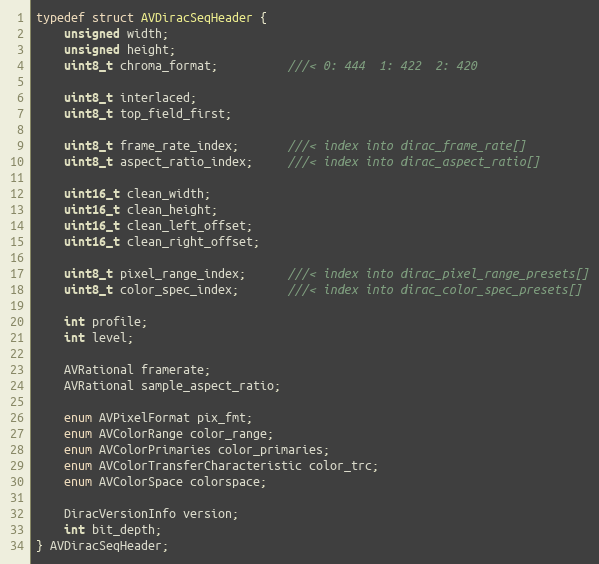
Language: C
typedef struct AVDiracSeqHeader {
    unsigned width;
    unsigned height;
    uint8_t chroma_format;          ///< 0: 444  1: 422  2: 420

    uint8_t interlaced;
    uint8_t top_field_first;

    uint8_t frame_rate_index;       ///< index into dirac_frame_rate[]
    uint8_t aspect_ratio_index;     ///< index into dirac_aspect_ratio[]

    uint16_t clean_width;
    uint16_t clean_height;
    uint16_t clean_left_offset;
    uint16_t clean_right_offset;

    uint8_t pixel_range_index;      ///< index into dirac_pixel_range_presets[]
    uint8_t color_spec_index;       ///< index into dirac_color_spec_presets[]

    int profile;
    int level;

    AVRational framerate;
    AVRational sample_aspect_ratio;

    enum AVPixelFormat pix_fmt;
    enum AVColorRange color_range;
    enum AVColorPrimaries color_primaries;
    enum AVColorTransferCharacteristic color_trc;
    enum AVColorSpace colorspace;

    DiracVersionInfo version;
    int bit_depth;
} AVDiracSeqHeader;